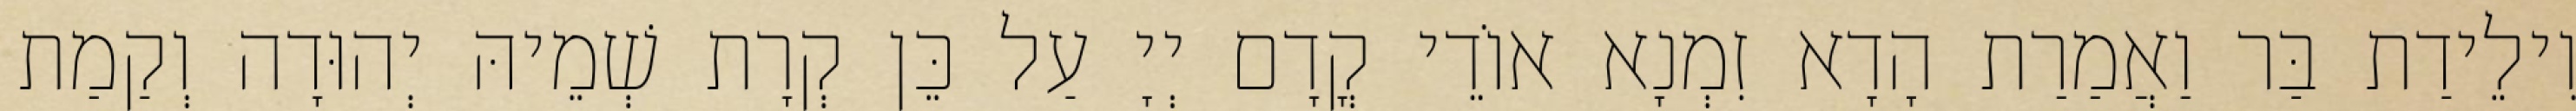
וִילֵידַת בַּר וַאֲמַרַת הָדָא זִמְנָא אוֹדֵי קֳדָם יְיָ עַל כֵּן קְרָת שְׁמֵיהּ יְהוּדָה וְקַמַת